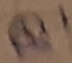
Text: Q!